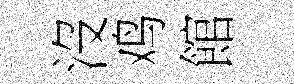
沒鸡館